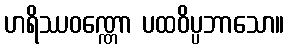
ဟရိဿဝဏ္ဏော ပထဝိပ္ပဘာသော။